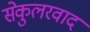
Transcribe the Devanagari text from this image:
सेकुलरवाद